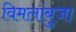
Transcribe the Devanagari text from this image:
विमलांबुजा